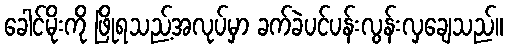
ခေါင်မိုးကို ဖြိုရသည့်အလုပ်မှာ ခက်ခဲပင်ပန်းလွန်းလှချေသည်။